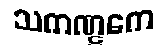
သကဏ္ဋကေ